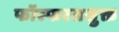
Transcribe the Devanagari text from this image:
फॉस्फरससुक्त